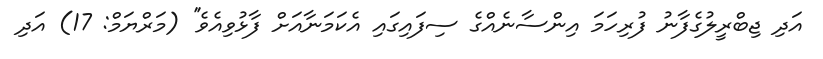
އަދި ޖިބްރީލުގެފާނު ފުރިހަމަ އިންސާނެއްގެ ސިފައިގައި އެކަމަނާއަށް ފާޅުވިއެވެ'' (މަރްޔަމް: 17) އަދި